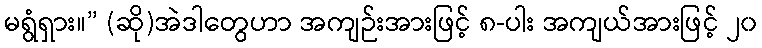
မရွံရှား။” (ဆို)အဲဒါတွေဟာ အကျဉ်းအားဖြင့် ၈-ပါး အကျယ်အားဖြင့် ၂၀